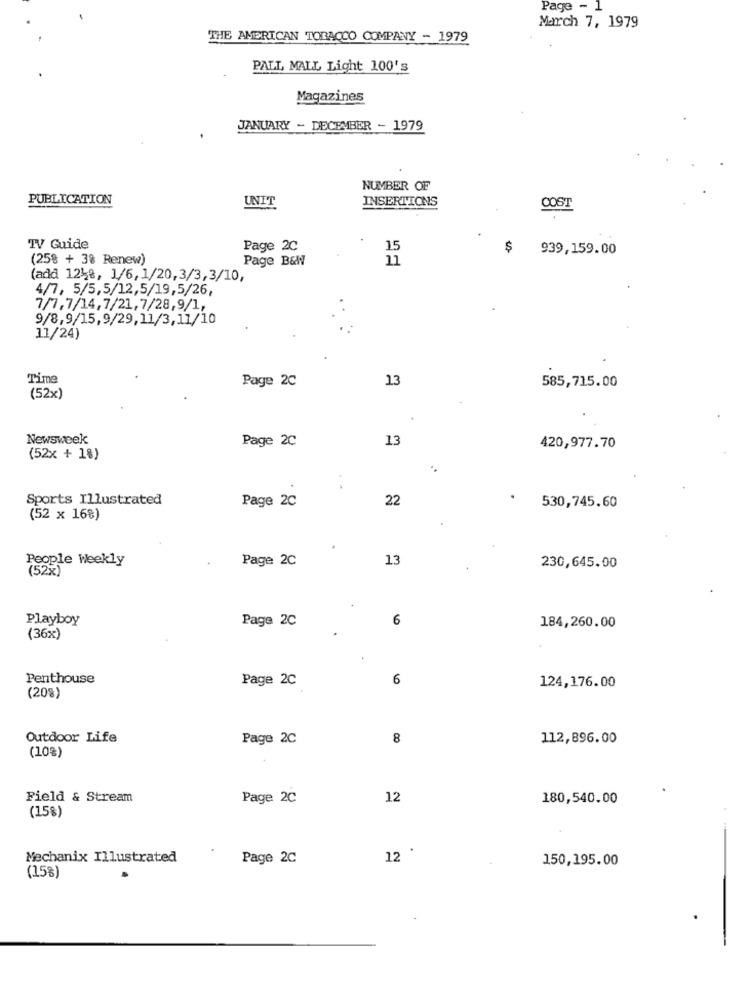
Page - 1
March 7, 1979
THE AMERICAN TOBACCO COMPANY - 1979
PALL MALL Light 100's
Magazines
JANUARY - DECEMBER - 1979
NUMBER OF
PUBLICATION
UNIT
INSERTIONS
COST
TV Guide
Page 2C
939,159.00
(25% + 3% Renew)
Page B&W
11
(add 1248, 1/6, 1/20,3/3,3/10,
4/7, 5/5,5/12,5/19,5/26,
7/7,7/14,7/21, 7/28,9/1,
9/8,9/15,9/29,11/3,11/10
11/24)
Time
Page 2C
13
585,715.00
(52x)
Newsweek
Page 2C
13
420,977.70
(52x + 1%)
.
Sports Illustrated
Page 2C
22
530,745.60
(52 x 16%)
People Weekly
Page 2C
13
(52%)
230,645.00
Playboy
Page 2C
6
184,260.00
(36x)
Penthouse
Page 2C
6
124,176.00
(20%)
Outdoor Life
Page 2C
8
112,896.00
(10%)
Field & Stream
Page 2C
12
180,540.00
(15%)
12 .
Mechanix Illustrated
Page 2C
150,195.00
(15%)